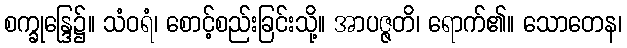
စက္ခုန္ဒြေ၌။ သံဝရံ၊ စောင့်စည်းခြင်းသို့။ အာပဇ္ဇတိ၊ ရောက်၏။ သောတေန၊